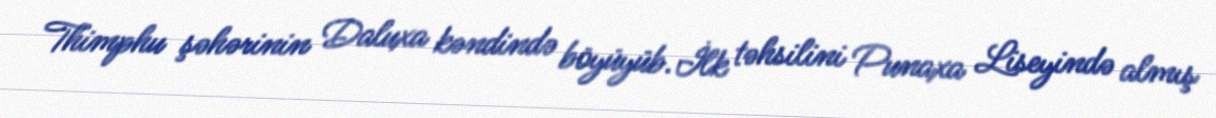
Thimphu şəhərinin Daluxa kəndində böyüyüb.İlk təhsilini Punaxa Liseyində almış